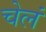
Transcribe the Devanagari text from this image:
चेलं